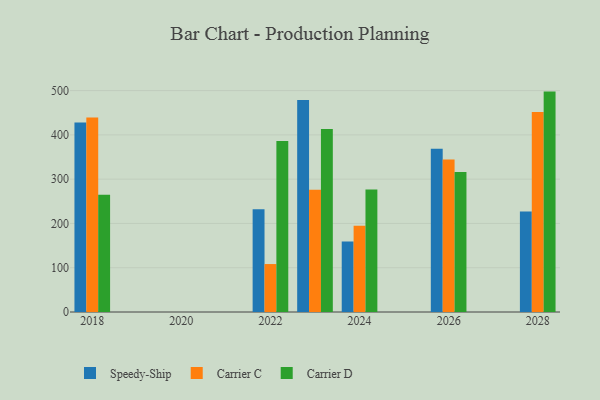
{"axis": {"x": "Year", "y": "Shipments"}, "legend": ["Carrier C", "Carrier D", "Speedy-Ship"], "data": [{"x": "2024", "y": 159.4, "type": "Speedy-Ship"}, {"x": "2024", "y": 195.0, "type": "Carrier C"}, {"x": "2024", "y": 276.6, "type": "Carrier D"}, {"x": "2023", "y": 479.0, "type": "Speedy-Ship"}, {"x": "2023", "y": 276.0, "type": "Carrier C"}, {"x": "2023", "y": 413.0, "type": "Carrier D"}, {"x": "2028", "y": 226.9, "type": "Speedy-Ship"}, {"x": "2028", "y": 451.7, "type": "Carrier C"}, {"x": "2028", "y": 497.7, "type": "Carrier D"}, {"x": "2018", "y": 427.7, "type": "Speedy-Ship"}, {"x": "2018", "y": 439.4, "type": "Carrier C"}, {"x": "2018", "y": 264.6, "type": "Carrier D"}, {"x": "2022", "y": 232.3, "type": "Speedy-Ship"}, {"x": "2022", "y": 108.3, "type": "Carrier C"}, {"x": "2022", "y": 386.2, "type": "Carrier D"}, {"x": "2026", "y": 368.5, "type": "Speedy-Ship"}, {"x": "2026", "y": 344.5, "type": "Carrier C"}, {"x": "2026", "y": 316.4, "type": "Carrier D"}]}